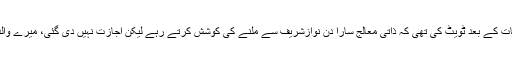
واضح رہے کہ گزشتہ روز مریم نوازنے نواز شریف سے ملاقات کے بعد ٹویٹ کی تھی کہ ذاتی معالج سارا دن نوازشریف سے ملنے کی کوشش کرتے رہے لیکن اجازت نہیں دی گئی، میرے والد کے بازو میں درد ہےاورغالب امکان ہے کہ یہ انجائنا کا ہے۔